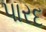
પારદ